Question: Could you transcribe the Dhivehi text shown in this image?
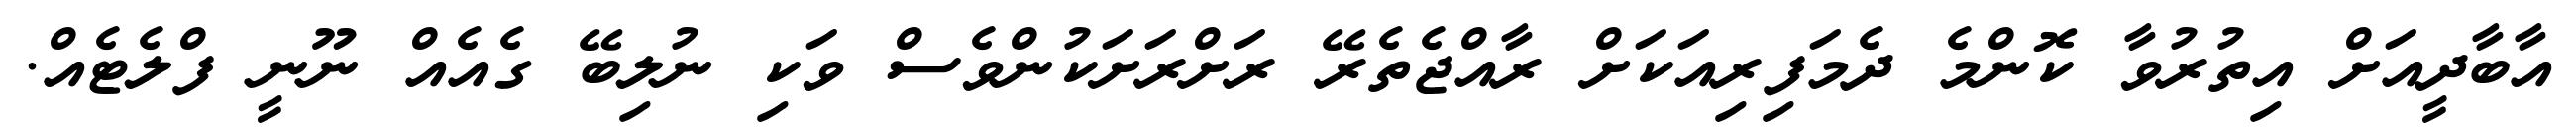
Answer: އާބާދީއަށް އިތުރުވާ ކޮންމެ ދެމަފިރިއަކަށް ރާއްޖެތެރޭ ރަށްރަށަކުންވެސް ވަކި ނުލިބޭ ގެއެއް ނޫނީ ފްލެޓެއް.